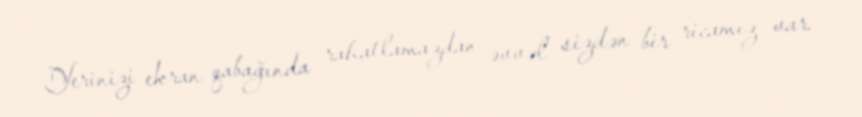
Yerinizi ekran qabağında rahatlamazdan əvvəl sizdən bir ricamız var.